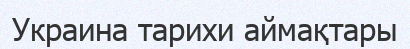
Украина тарихи аймақтары